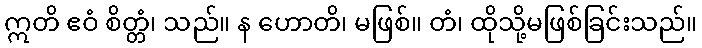
ဣတိ ဧဝံ စိတ္တံ၊ သည်။ န ဟောတိ၊ မဖြစ်။ တံ၊ ထိုသို့မဖြစ်ခြင်းသည်။